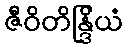
ဇီဝိတိန္ဒြိယံ